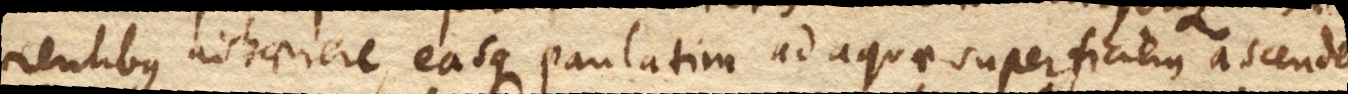
rentibus adhaerere, easque paulatim ad aquae superficiem ascendere,